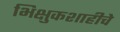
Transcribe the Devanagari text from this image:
भिक्षुकशाहीचे